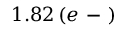
1 . 8 2 \, ( e \mathrm { ~ - ~ } )